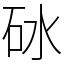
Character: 砅